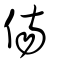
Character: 傷